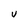
Character: U